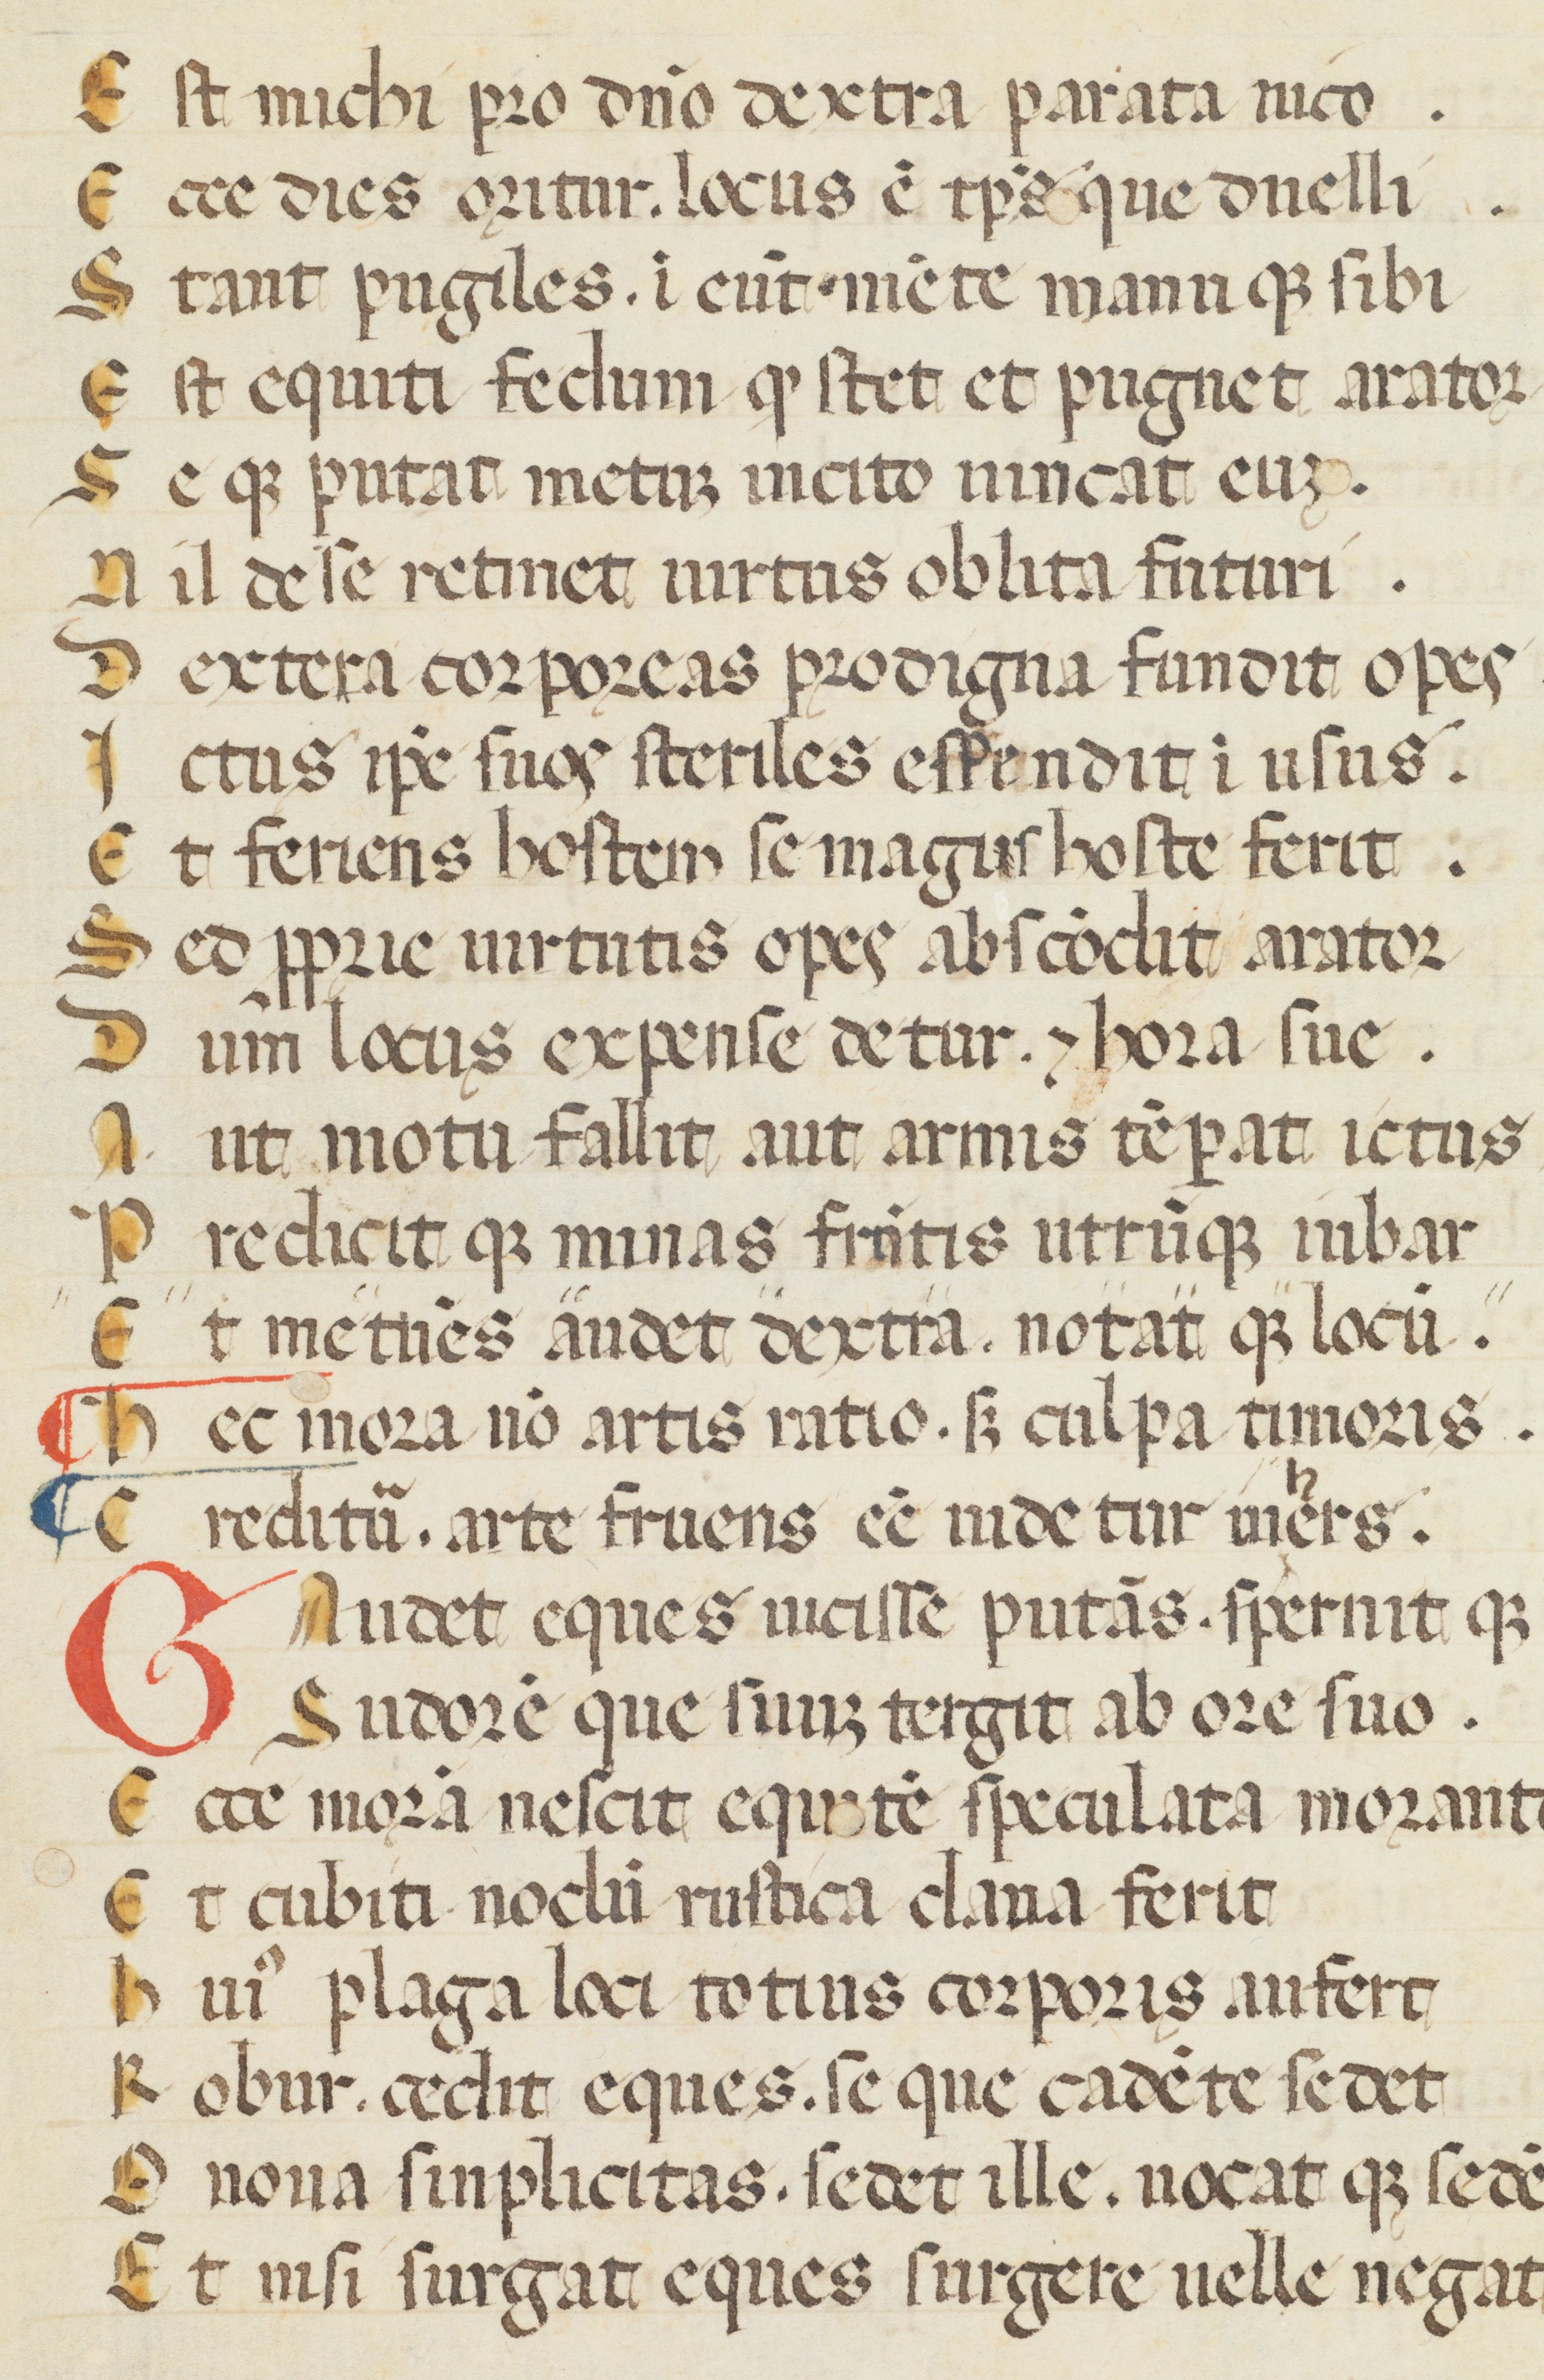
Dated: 1300–1399